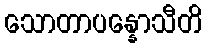
သောတာပန္နောသီတိ